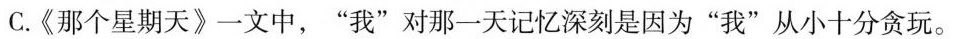
C.《那个星期天》一文中，”我”对那一天记忆深刻是因为”我”从小十分贪玩。